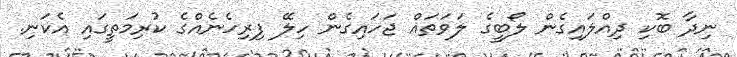
ނިދާ ބޮކި ދިއްލައިގެން ލޯބީގެ ލަވަތައް ޖަހައިގެން ހިލޭ ފިރިހެނެއްގެ ކުރިމަތީގައި އެކަނި.